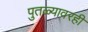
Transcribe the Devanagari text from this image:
पुतळ्यावरही